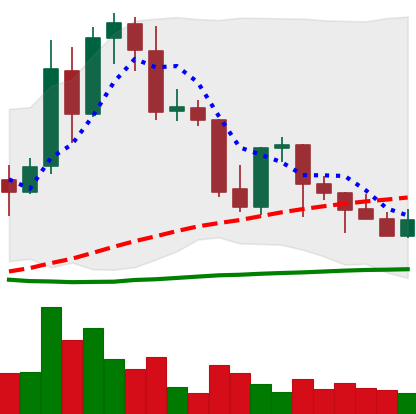
Ticker: TRX-USD
Chart end date: 2021-09-29
Forward return: 8.797%
Label: up_7plus